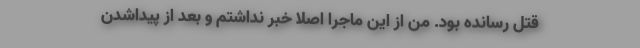
قتل رسانده بود. من از این ماجرا اصلا خبر نداشتم و بعد از پیدا‌شدن